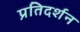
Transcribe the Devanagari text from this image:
प्रतिदर्शन